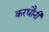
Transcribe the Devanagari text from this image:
करधौनी